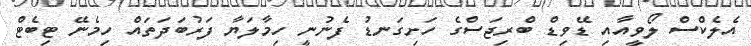
އެލެކްސް ލޯވީއާއި ޑޭވިޑް ބްރިޖަސްގެ ހަށިގަނޑު ފެނުނީ ހިމާލަޔާ ފަރުބަދަތައް ހިމެނޭ ޓިބެޓް